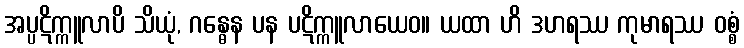
အပ္ပဋိက္ကူလာပိ သိယုံ, ဂန္ဓေန ပန ပဋိက္ကူလာယေဝ။ ယထာ ဟိ ဒဟရဿ ကုမာရဿ ဝစ္စံ